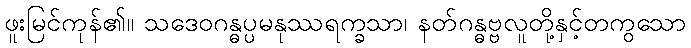
ဖူးမြင်ကုန်၏။ သဒေဝဂန္ဓပ္ပမနုဿရက္ခသာ၊ နတ်ဂန္ဓဗ္ဗလူတို့နှင့်တကွသော